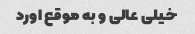
خیلی عالی و به موقع اورد